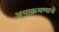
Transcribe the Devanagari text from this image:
अनाक्रमणाचे